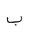
Letter: _ba